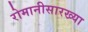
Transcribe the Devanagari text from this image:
रोमानीसारख्या